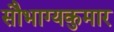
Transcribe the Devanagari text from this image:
सौभाग्यकुमार